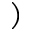
)